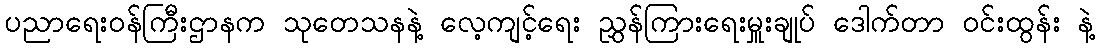
ပညာရေးဝန်ကြီးဌာနက သုတေသနနဲ့ လေ့ကျင့်ရေး ညွှန်ကြားရေးမှူးချုပ် ဒေါက်တာ ဝင်းထွန်း နဲ့